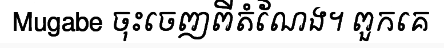
Mugabe ចុះចេញពីតំណែង។ ពួកគេ